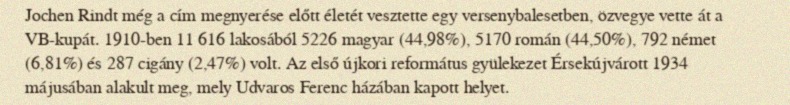
Jochen Rindt még a cím megnyerése előtt életét vesztette egy versenybalesetben, özvegye vette át a VB-kupát. 1910-ben 11 616 lakosából 5226 magyar (44,98%), 5170 román (44,50%), 792 német (6,81%) és 287 cigány (2,47%) volt. Az első újkori református gyülekezet Érsekújvárott 1934 májusában alakult meg, mely Udvaros Ferenc házában kapott helyet.